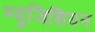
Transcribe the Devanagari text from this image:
म्युजिशियन